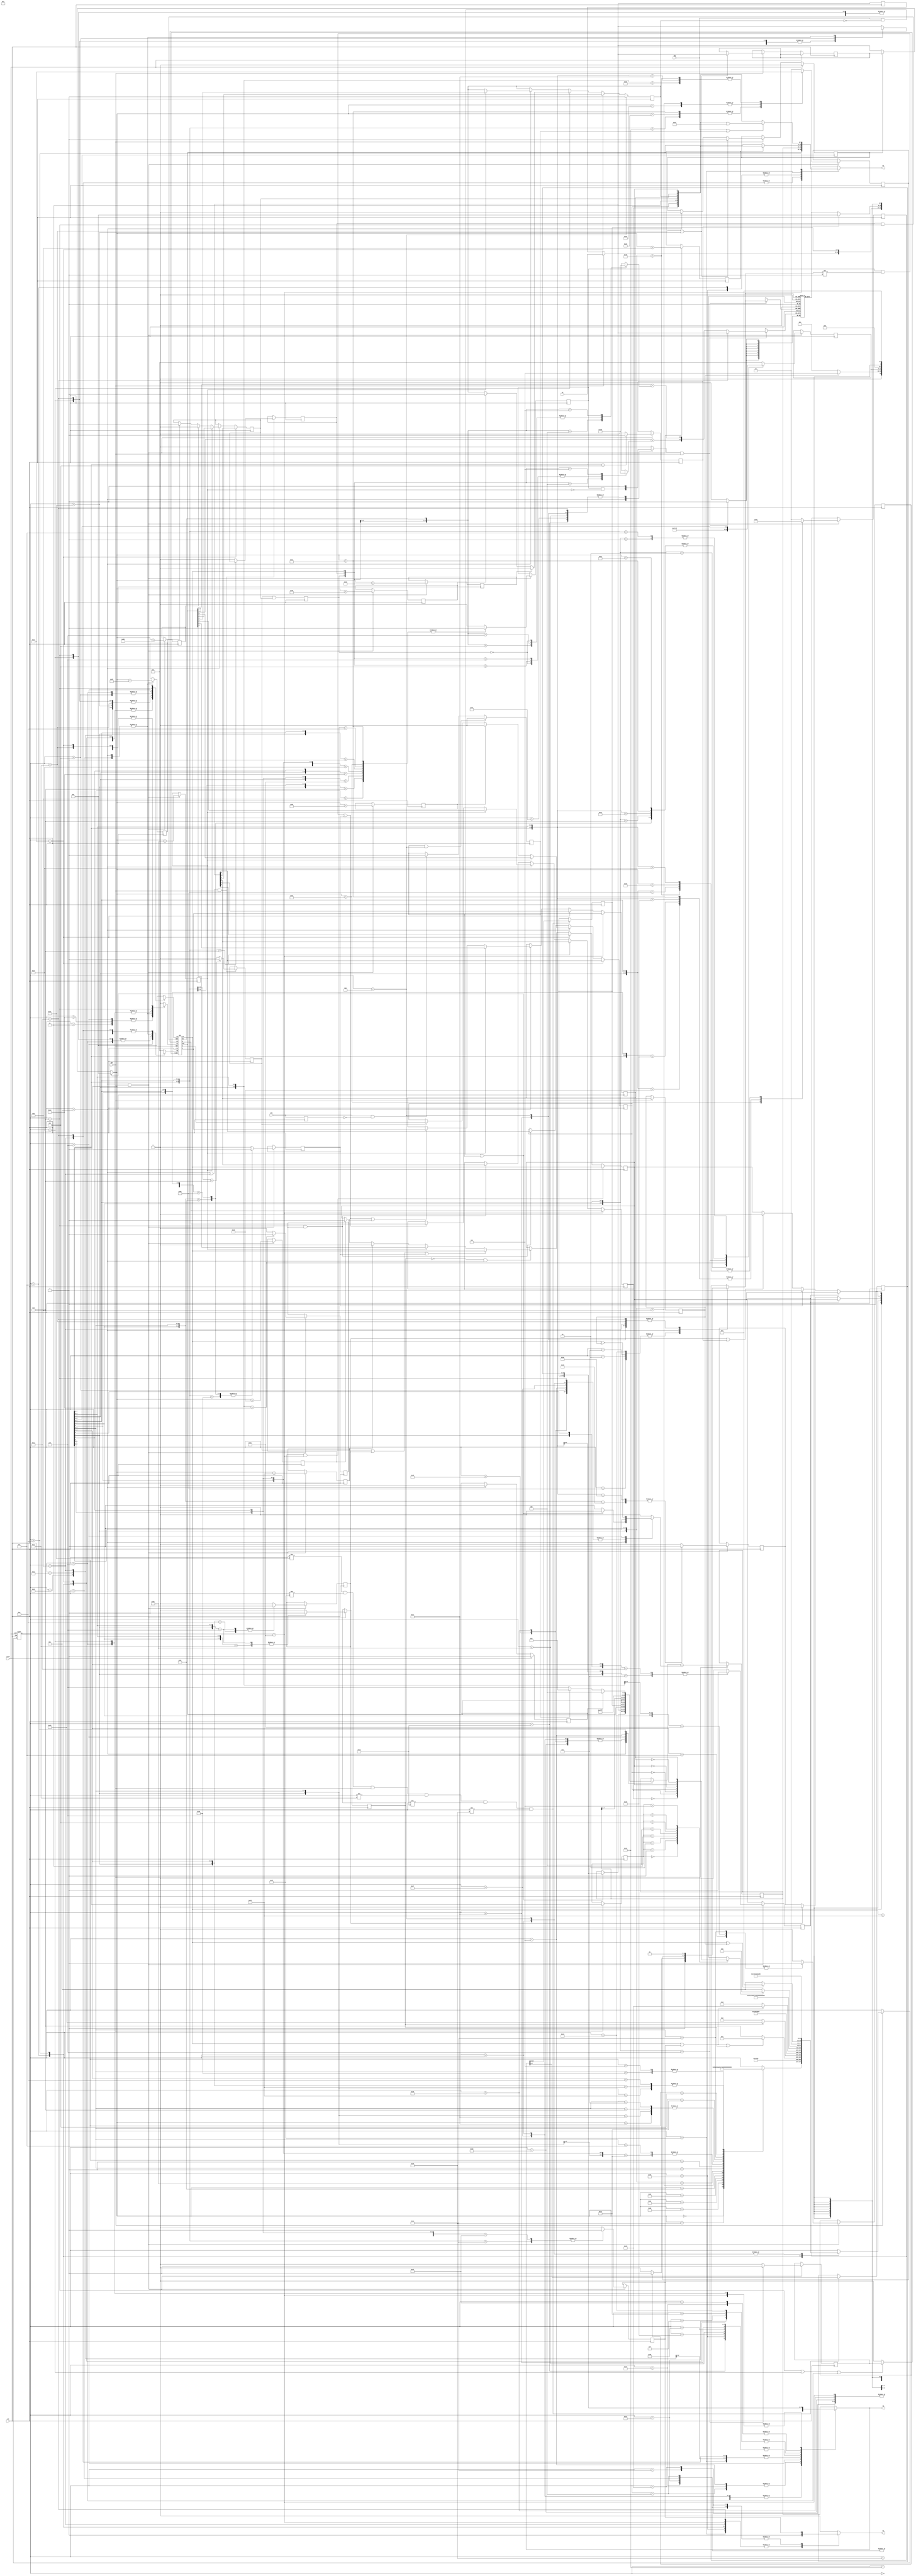
/*
 * verilog model of 6502 CPU.
 *
 * (C) Arlet Ottens, <arlet@c-scape.nl>
 *
 * Feel free to use this code in any project (commercial or not), as long as you
 * keep this message, and the copyright notice. This code is provided "as is", 
 * without any warranties of any kind. 
 * 
 */

/*
 * Note that not all 6502 interface signals are supported (yet).  The goal
 * is to create an Acorn Atom model, and the Atom didn't use all signals on
 * the main board.
 *
 * The data bus is implemented as separate read/write buses. Combine them
 * on the output pads if external memory is required.
 */

module cpu( clk, reset, AB, DI, DO, WE, IRQ, NMI, RDY );

input clk;              // CPU clock 
input reset;            // reset signal
output reg [15:0] AB;   // address bus
input [7:0] DI;         // data in, read bus
output [7:0] DO;        // data out, write bus
output WE;              // write enable
input IRQ;              // interrupt request
input NMI;              // non-maskable interrupt request
input RDY;              // Ready signal. Pauses CPU when RDY=0 

/*
 * internal signals
 */

reg  [15:0] PC;         // Program Counter 
reg  [7:0] ABL;         // Address Bus Register LSB
reg  [7:0] ABH;         // Address Bus Register MSB
wire [7:0] ADD;         // Adder Hold Register (registered in ALU)

reg  [7:0] DIHOLD;      // Hold for Data In
reg  DIHOLD_valid;      //
wire [7:0] DIMUX;       //

reg  [7:0] IRHOLD;      // Hold for Instruction register 
reg  IRHOLD_valid;      // Valid instruction in IRHOLD

reg  [7:0] AXYS[3:0];   // A, X, Y and S register file

reg  C = 0;             // carry flag (init at zero to avoid X's in ALU sim)
reg  Z = 0;             // zero flag
reg  I = 0;             // interrupt flag
reg  D = 0;             // decimal flag
reg  V = 0;             // overflow flag
reg  N = 0;             // negative flag
wire AZ;                // ALU Zero flag
wire AV;                // ALU overflow flag
wire AN;                // ALU negative flag
wire HC;                // ALU half carry

reg  [7:0] AI;          // ALU Input A
reg  [7:0] BI;          // ALU Input B
wire [7:0] DI;          // Data In
wire [7:0] IR;          // Instruction register
reg  [7:0] DO;          // Data Out 
reg  WE;                // Write Enable
reg  CI;                // Carry In
wire CO;                // Carry Out 
wire [7:0] PCH = PC[15:8];
wire [7:0] PCL = PC[7:0];

reg NMI_edge = 0;       // captured NMI edge

reg [1:0] regsel;                       // Select A, X, Y or S register
wire [7:0] regfile = AXYS[regsel];      // Selected register output

parameter 
        SEL_A    = 2'd0,
        SEL_S    = 2'd1,
        SEL_X    = 2'd2, 
        SEL_Y    = 2'd3;

/*
 * define some signals for watching in simulator output
 */


`ifdef SIM
wire [7:0]   A = AXYS[SEL_A];           // Accumulator
wire [7:0]   X = AXYS[SEL_X];           // X register
wire [7:0]   Y = AXYS[SEL_Y];           // Y register 
wire [7:0]   S = AXYS[SEL_S];           // Stack pointer 
`endif

wire [7:0] P = { N, V, 2'b11, D, I, Z, C };

/*
 * instruction decoder/sequencer
 */

reg [5:0] state;

/*
 * control signals
 */

reg PC_inc;             // Increment PC
reg [15:0] PC_temp;     // intermediate value of PC 

reg [1:0] src_reg;      // source register index
reg [1:0] dst_reg;      // destination register index

reg index_y;            // if set, then Y is index reg rather than X 
reg load_reg;           // loading a register (A, X, Y, S) in this instruction
reg inc;                // increment
reg write_back;         // set if memory is read/modified/written 
reg load_only;          // LDA/LDX/LDY instruction
reg store;              // doing store (STA/STX/STY)
reg adc_sbc;            // doing ADC/SBC
reg compare;            // doing CMP/CPY/CPX
reg shift;              // doing shift/rotate instruction
reg rotate;             // doing rotate (no shift)
reg backwards;          // backwards branch
reg cond_true;          // branch condition is true
reg [2:0] cond_code;    // condition code bits from instruction
reg shift_right;        // Instruction ALU shift/rotate right 
reg alu_shift_right;    // Current cycle shift right enable
reg [3:0] op;           // Main ALU operation for instruction
reg [3:0] alu_op;       // Current cycle ALU operation 
reg adc_bcd;            // ALU should do BCD style carry 
reg adj_bcd;            // results should be BCD adjusted

/* 
 * some flip flops to remember we're doing special instructions. These
 * get loaded at the DECODE state, and used later
 */
reg bit_ins;            // doing BIT instruction
reg plp;                // doing PLP instruction
reg php;                // doing PHP instruction 
reg clc;                // clear carry
reg sec;                // set carry
reg cld;                // clear decimal
reg sed;                // set decimal
reg cli;                // clear interrupt
reg sei;                // set interrupt
reg clv;                // clear overflow 
reg brk;                // doing BRK

reg res;                // in reset

/*
 * ALU operations
 */

parameter
        OP_OR  = 4'b1100,
        OP_AND = 4'b1101,
        OP_EOR = 4'b1110,
        OP_ADD = 4'b0011,
        OP_SUB = 4'b0111,
        OP_ROL = 4'b1011,
        OP_A   = 4'b1111;

/*
 * Microcode state machine. Basically, every addressing mode has its own
 * path through the state machine. Additional information, such as the
 * operation, source and destination registers are decoded in parallel, and
 * kept in separate flops. 
 */

parameter 
    ABS0   = 6'd0,  // ABS     - fetch LSB      
    ABS1   = 6'd1,  // ABS     - fetch MSB
    ABSX0  = 6'd2,  // ABS, X  - fetch LSB and send to ALU (+X)
    ABSX1  = 6'd3,  // ABS, X  - fetch MSB and send to ALU (+Carry)
    ABSX2  = 6'd4,  // ABS, X  - Wait for ALU (only if needed)
    BRA0   = 6'd5,  // Branch  - fetch offset and send to ALU (+PC[7:0])
    BRA1   = 6'd6,  // Branch  - fetch opcode, and send PC[15:8] to ALU 
    BRA2   = 6'd7,  // Branch  - fetch opcode (if page boundary crossed)
    BRK0   = 6'd8,  // BRK/IRQ - push PCH, send S to ALU (-1)
    BRK1   = 6'd9,  // BRK/IRQ - push PCL, send S to ALU (-1)
    BRK2   = 6'd10, // BRK/IRQ - push P, send S to ALU (-1)
    BRK3   = 6'd11, // BRK/IRQ - write S, and fetch @ fffe
    DECODE = 6'd12, // IR is valid, decode instruction, and write prev reg
    FETCH  = 6'd13, // fetch next opcode, and perform prev ALU op
    INDX0  = 6'd14, // (ZP,X)  - fetch ZP address, and send to ALU (+X)
    INDX1  = 6'd15, // (ZP,X)  - fetch LSB at ZP+X, calculate ZP+X+1
    INDX2  = 6'd16, // (ZP,X)  - fetch MSB at ZP+X+1
    INDX3  = 6'd17, // (ZP,X)  - fetch data 
    INDY0  = 6'd18, // (ZP),Y  - fetch ZP address, and send ZP to ALU (+1)
    INDY1  = 6'd19, // (ZP),Y  - fetch at ZP+1, and send LSB to ALU (+Y) 
    INDY2  = 6'd20, // (ZP),Y  - fetch data, and send MSB to ALU (+Carry)
    INDY3  = 6'd21, // (ZP),Y) - fetch data (if page boundary crossed)
    JMP0   = 6'd22, // JMP     - fetch PCL and hold
    JMP1   = 6'd23, // JMP     - fetch PCH
    JMPI0  = 6'd24, // JMP IND - fetch LSB and send to ALU for delay (+0)
    JMPI1  = 6'd25, // JMP IND - fetch MSB, proceed with JMP0 state
    JSR0   = 6'd26, // JSR     - push PCH, save LSB, send S to ALU (-1)
    JSR1   = 6'd27, // JSR     - push PCL, send S to ALU (-1)
    JSR2   = 6'd28, // JSR     - write S
    JSR3   = 6'd29, // JSR     - fetch MSB
    PULL0  = 6'd30, // PLP/PLA - save next op in IRHOLD, send S to ALU (+1)
    PULL1  = 6'd31, // PLP/PLA - fetch data from stack, write S
    PULL2  = 6'd32, // PLP/PLA - prefetch op, but don't increment PC
    PUSH0  = 6'd33, // PHP/PHA - send A to ALU (+0)
    PUSH1  = 6'd34, // PHP/PHA - write A/P, send S to ALU (-1)
    READ   = 6'd35, // Read memory for read/modify/write (INC, DEC, shift)
    REG    = 6'd36, // Read register for reg-reg transfers
    RTI0   = 6'd37, // RTI     - send S to ALU (+1)
    RTI1   = 6'd38, // RTI     - read P from stack 
    RTI2   = 6'd39, // RTI     - read PCL from stack
    RTI3   = 6'd40, // RTI     - read PCH from stack
    RTI4   = 6'd41, // RTI     - read PCH from stack
    RTS0   = 6'd42, // RTS     - send S to ALU (+1)
    RTS1   = 6'd43, // RTS     - read PCL from stack 
    RTS2   = 6'd44, // RTS     - write PCL to ALU, read PCH 
    RTS3   = 6'd45, // RTS     - load PC and increment
    WRITE  = 6'd46, // Write memory for read/modify/write 
    ZP0    = 6'd47, // Z-page  - fetch ZP address
    ZPX0   = 6'd48, // ZP, X   - fetch ZP, and send to ALU (+X)
    ZPX1   = 6'd49; // ZP, X   - load from memory

`ifdef SIM

/*
 * easy to read names in simulator output
 */
reg [8*6-1:0] statename;

always @*
    case( state )
            DECODE: statename = "DECODE";
            REG:    statename = "REG";
            ZP0:    statename = "ZP0";
            ZPX0:   statename = "ZPX0";
            ZPX1:   statename = "ZPX1";
            ABS0:   statename = "ABS0";
            ABS1:   statename = "ABS1";
            ABSX0:  statename = "ABSX0";
            ABSX1:  statename = "ABSX1";
            ABSX2:  statename = "ABSX2";
            INDX0:  statename = "INDX0";
            INDX1:  statename = "INDX1";
            INDX2:  statename = "INDX2";
            INDX3:  statename = "INDX3";
            INDY0:  statename = "INDY0";
            INDY1:  statename = "INDY1";
            INDY2:  statename = "INDY2";
            INDY3:  statename = "INDY3";
             READ:  statename = "READ";
            WRITE:  statename = "WRITE";
            FETCH:  statename = "FETCH";
            PUSH0:  statename = "PUSH0";
            PUSH1:  statename = "PUSH1";
            PULL0:  statename = "PULL0";
            PULL1:  statename = "PULL1";
            PULL2:  statename = "PULL2";
            JSR0:   statename = "JSR0";
            JSR1:   statename = "JSR1";
            JSR2:   statename = "JSR2";
            JSR3:   statename = "JSR3";
            RTI0:   statename = "RTI0";
            RTI1:   statename = "RTI1";
            RTI2:   statename = "RTI2";
            RTI3:   statename = "RTI3";
            RTI4:   statename = "RTI4";
            RTS0:   statename = "RTS0";
            RTS1:   statename = "RTS1";
            RTS2:   statename = "RTS2";
            RTS3:   statename = "RTS3";
            BRK0:   statename = "BRK0";
            BRK1:   statename = "BRK1";
            BRK2:   statename = "BRK2";
            BRK3:   statename = "BRK3";
            BRA0:   statename = "BRA0";
            BRA1:   statename = "BRA1";
            BRA2:   statename = "BRA2";
            JMP0:   statename = "JMP0";
            JMP1:   statename = "JMP1";
            JMPI0:  statename = "JMPI0";
            JMPI1:  statename = "JMPI1";
    endcase

//always @( PC )
//      $display( "%t, PC:%04x IR:%02x A:%02x X:%02x Y:%02x S:%02x C:%d Z:%d V:%d N:%d P:%02x", $time, PC, IR, A, X, Y, S, C, Z, V, N, P );

`endif



/*
 * Program Counter Increment/Load. First calculate the base value in
 * PC_temp.
 */
always @*
    case( state )
        DECODE:         if( (~I & IRQ) | NMI_edge )
                            PC_temp = { ABH, ABL };
                        else
                            PC_temp = PC;


        JMP1,
        JMPI1,
        JSR3,
        RTS3,           
        RTI4:           PC_temp = { DIMUX, ADD };
                        
        BRA1:           PC_temp = { ABH, ADD };

        BRA2:           PC_temp = { ADD, PCL };

        BRK2:           PC_temp =      res ? 16'hfffc : 
                                  NMI_edge ? 16'hfffa : 16'hfffe;

        default:        PC_temp = PC;
    endcase

/*
 * Determine wether we need PC_temp, or PC_temp + 1
 */
always @*
    case( state )
        DECODE:         if( (~I & IRQ) | NMI_edge )
                            PC_inc = 0;
                        else
                            PC_inc = 1;

        ABS0,
        ABSX0,
        FETCH,
        BRA0,
        BRA2,
        BRK3,
        JMPI1,
        JMP1,
        RTI4,
        RTS3:           PC_inc = 1;

        BRA1:           PC_inc = CO ^~ backwards;

        default:        PC_inc = 0;
    endcase

/* 
 * Set new PC
 */
always @(posedge clk) 
    if( RDY )
        PC <= PC_temp + PC_inc;

/*
 * Address Generator 
 */

parameter
        ZEROPAGE  = 8'h00,
        STACKPAGE = 8'h01;

always @*
    case( state )
        ABSX1,
        INDX3,
        INDY2,
        JMP1,
        JMPI1,
        RTI4,
        ABS1:           AB = { DIMUX, ADD };

        BRA2,
        INDY3,
        ABSX2:          AB = { ADD, ABL };

        BRA1:           AB = { ABH, ADD };

        JSR0,
        PUSH1,
        RTS0,
        RTI0,
        BRK0:           AB = { STACKPAGE, regfile };

        BRK1,
        JSR1,
        PULL1,
        RTS1,
        RTS2,
        RTI1,
        RTI2,
        RTI3,
        BRK2:           AB = { STACKPAGE, ADD };
        
        INDY1,
        INDX1,
        ZPX1,
        INDX2:          AB = { ZEROPAGE, ADD };

        ZP0,
        INDY0:          AB = { ZEROPAGE, DIMUX };

        REG,
        READ,
        WRITE:          AB = { ABH, ABL };

        default:        AB = PC;
    endcase

/*
 * ABH/ABL pair is used for registering previous address bus state.
 * This can be used to keep the current address, freeing up the original
 * source of the address, such as the ALU or DI.
 */
always @(posedge clk)
    if( state != PUSH0 && state != PUSH1 && RDY && 
        state != PULL0 && state != PULL1 && state != PULL2 )
    begin
        ABL <= AB[7:0];
        ABH <= AB[15:8];
    end

/*
 * Data Out MUX 
 */
always @*
    case( state )
        WRITE:   DO = ADD;

        JSR0,
        BRK0:    DO = PCH;

        JSR1,
        BRK1:    DO = PCL;

        PUSH1:   DO = php ? P : ADD;

        BRK2:    DO = (IRQ | NMI_edge) ? (P & 8'b1110_1111) : P;

        default: DO = regfile;
    endcase

/*
 * Write Enable Generator
 */

always @*
    case( state )
        BRK0,   // writing to stack or memory
        BRK1,
        BRK2,
        JSR0,
        JSR1,
        PUSH1,
        WRITE:   WE = 1;

        INDX3,  // only if doing a STA, STX or STY
        INDY3,
        ABSX2,
        ABS1,
        ZPX1,
        ZP0:     WE = store;

        default: WE = 0;
    endcase

/*
 * register file, contains A, X, Y and S (stack pointer) registers. At each
 * cycle only 1 of those registers needs to be accessed, so they combined
 * in a small memory, saving resources.
 */

reg write_register;             // set when register file is written

always @*
    case( state )
        DECODE: write_register = load_reg & ~plp;

        PULL1, 
         RTS2, 
         RTI3,
         BRK3,
         JSR0,
         JSR2 : write_register = 1;

       default: write_register = 0;
    endcase

/*
 * BCD adjust logic
 */

always @(posedge clk)
    adj_bcd <= adc_sbc & D;     // '1' when doing a BCD instruction

reg [3:0] ADJL;
reg [3:0] ADJH;

// adjustment term to be added to ADD[3:0] based on the following
// adj_bcd: '1' if doing ADC/SBC with D=1
// adc_bcd: '1' if doing ADC with D=1
// HC     : half carry bit from ALU
always @* begin
    casex( {adj_bcd, adc_bcd, HC} )
         3'b0xx: ADJL = 4'd0;   // no BCD instruction
         3'b100: ADJL = 4'd10;  // SBC, and digital borrow
         3'b101: ADJL = 4'd0;   // SBC, but no borrow
         3'b110: ADJL = 4'd0;   // ADC, but no carry
         3'b111: ADJL = 4'd6;   // ADC, and decimal/digital carry
    endcase
end

// adjustment term to be added to ADD[7:4] based on the following
// adj_bcd: '1' if doing ADC/SBC with D=1
// adc_bcd: '1' if doing ADC with D=1
// CO     : carry out bit from ALU
always @* begin
    casex( {adj_bcd, adc_bcd, CO} )
         3'b0xx: ADJH = 4'd0;   // no BCD instruction
         3'b100: ADJH = 4'd10;  // SBC, and digital borrow
         3'b101: ADJH = 4'd0;   // SBC, but no borrow
         3'b110: ADJH = 4'd0;   // ADC, but no carry
         3'b111: ADJH = 4'd6;   // ADC, and decimal/digital carry
    endcase
end

/*
 * write to a register. Usually this is the (BCD corrected) output of the
 * ALU, but in case of the JSR0 we use the S register to temporarily store
 * the PCL. This is possible, because the S register itself is stored in
 * the ALU during those cycles.
 */
always @(posedge clk)
    if( write_register & RDY )
        AXYS[regsel] <= (state == JSR0) ? DIMUX : { ADD[7:4] + ADJH, ADD[3:0] + ADJL };

/*
 * register select logic. This determines which of the A, X, Y or
 * S registers will be accessed. 
 */

always @*  
    case( state )
        INDY1,
        INDX0,
        ZPX0,
        ABSX0  : regsel = index_y ? SEL_Y : SEL_X;


        DECODE : regsel = dst_reg; 

        BRK0,
        BRK3,
        JSR0,
        JSR2,
        PULL0,
        PULL1,
        PUSH1,
        RTI0,
        RTI3,
        RTS0,
        RTS2   : regsel = SEL_S;
        
        default: regsel = src_reg; 
    endcase

/*
 * ALU
 */

ALU ALU( .clk(clk),
         .op(alu_op),
         .right(alu_shift_right),
         .AI(AI),
         .BI(BI),
         .CI(CI),
         .BCD(adc_bcd & (state == FETCH)),
         .CO(CO),
         .OUT(ADD),
         .V(AV),
         .Z(AZ),
         .N(AN),
         .HC(HC),
         .RDY(RDY) );

/*
 * Select current ALU operation
 */

always @*
    case( state )
        READ:   alu_op = op;

        BRA1:   alu_op = backwards ? OP_SUB : OP_ADD; 

        FETCH,
        REG :   alu_op = op; 

        DECODE,
        ABS1:   alu_op = 1'bx;

        PUSH1,
        BRK0,
        BRK1,
        BRK2,
        JSR0,
        JSR1:   alu_op = OP_SUB;

     default:   alu_op = OP_ADD;
    endcase

/*
 * Determine shift right signal to ALU
 */

always @*
    if( state == FETCH || state == REG || state == READ )
        alu_shift_right = shift_right;
    else
        alu_shift_right = 0;

/*
 * Sign extend branch offset.  
 */

always @(posedge clk)
    if( RDY )
        backwards <= DIMUX[7];

/* 
 * ALU A Input MUX 
 */

always @*
    case( state )
        JSR1,
        RTS1,
        RTI1,
        RTI2,
        BRK1,
        BRK2,
        INDX1:  AI = ADD;

        REG,
        ZPX0,
        INDX0,
        ABSX0,
        RTI0,
        RTS0,
        JSR0,
        JSR2,
        BRK0,
        PULL0,
        INDY1,
        PUSH0,
        PUSH1:  AI = regfile;

        BRA0,
        READ:   AI = DIMUX;

        BRA1:   AI = ABH;       // don't use PCH in case we're 

        FETCH:  AI = load_only ? 0 : regfile;

        DECODE,
        ABS1:   AI = 8'hxx;     // don't care

        default:  AI = 0;
    endcase


/*
 * ALU B Input mux
 */

always @*
    case( state )
         BRA1,
         RTS1,
         RTI0,
         RTI1,
         RTI2,
         INDX1,
         READ,
         REG,
         JSR0,
         JSR1,
         JSR2,
         BRK0,
         BRK1,
         BRK2,
         PUSH0, 
         PUSH1,
         PULL0,
         RTS0:  BI = 8'h00;
        
         BRA0:  BI = PCL;

         DECODE,
         ABS1:  BI = 8'hxx;

         default:       BI = DIMUX;
    endcase

/*
 * ALU CI (carry in) mux
 */

always @*
    case( state )
        INDY2,
        BRA1,
        ABSX1:  CI = CO;

        DECODE,
        ABS1:   CI = 1'bx;

        READ,
        REG:    CI = rotate ? C :
                     shift ? 0 : inc;

        FETCH:  CI = rotate  ? C : 
                     compare ? 1 : 
                     (shift | load_only) ? 0 : C;

        PULL0,
        RTI0,
        RTI1,
        RTI2,
        RTS0,
        RTS1,
        INDY0,
        INDX1:  CI = 1; 

        default:        CI = 0;
    endcase

/*
 * Processor Status Register update
 *
 */

/*
 * Update C flag when doing ADC/SBC, shift/rotate, compare
 */
always @(posedge clk )
    if( shift && state == WRITE ) 
        C <= CO;
    else if( state == RTI2 )
        C <= DIMUX[0];
    else if( ~write_back && state == DECODE ) begin
        if( adc_sbc | shift | compare )
            C <= CO;
        else if( plp )
            C <= ADD[0];
        else begin
            if( sec ) C <= 1;
            if( clc ) C <= 0;
        end
    end

/*
 * Update Z, N flags when writing A, X, Y, Memory, or when doing compare
 */

always @(posedge clk) 
    if( state == WRITE ) 
        Z <= AZ;
    else if( state == RTI2 )
        Z <= DIMUX[1];
    else if( state == DECODE ) begin
        if( plp )
            Z <= ADD[1];
        else if( (load_reg & (regsel != SEL_S)) | compare | bit_ins )
            Z <= AZ;
    end

always @(posedge clk)
    if( state == WRITE )
        N <= AN;
    else if( state == RTI2 )
        N <= DIMUX[7];
    else if( state == DECODE ) begin
        if( plp )
            N <= ADD[7];
        else if( (load_reg & (regsel != SEL_S)) | compare )
            N <= AN;
    end else if( state == FETCH && bit_ins ) 
        N <= DIMUX[7];

/*
 * Update I flag
 */

always @(posedge clk)
    if( state == BRK3 )
        I <= 1;
    else if( state == RTI2 )
        I <= DIMUX[2];
    else if( state == REG ) begin
        if( sei ) I <= 1;
        if( cli ) I <= 0;
    end else if( state == DECODE )
        if( plp ) I <= ADD[2];

/*
 * Update D flag
 */
always @(posedge clk ) 
    if( state == RTI2 )
        D <= DIMUX[3];
    else if( state == DECODE ) begin
        if( sed ) D <= 1;
        if( cld ) D <= 0;
        if( plp ) D <= ADD[3];
    end

/*
 * Update V flag
 */
always @(posedge clk )
    if( state == RTI2 ) 
        V <= DIMUX[6];
    else if( state == DECODE ) begin
        if( adc_sbc ) V <= AV;
        if( clv )     V <= 0;
        if( plp )     V <= ADD[6];
    end else if( state == FETCH && bit_ins ) 
        V <= DIMUX[6];

/*
 * Instruction decoder
 */

/*
 * IR register/mux. Hold previous DI value in IRHOLD in PULL0 and PUSH0
 * states. In these states, the IR has been prefetched, and there is no
 * time to read the IR again before the next decode.
 */

always @(posedge clk )
    if( reset )
        IRHOLD_valid <= 0;
    else if( RDY ) begin
        if( state == PULL0 || state == PUSH0 ) begin
            IRHOLD <= DIMUX;
            IRHOLD_valid <= 1;
        end else if( state == DECODE )
            IRHOLD_valid <= 0;
    end

assign IR = (IRQ & ~I) | NMI_edge ? 8'h00 :
                     IRHOLD_valid ? IRHOLD : DIMUX;

always @(posedge clk )
    if( RDY )
        DIHOLD <= DI;

assign DIMUX = ~RDY ? DIHOLD : DI;

/*
 * Microcode state machine
 */
always @(posedge clk or posedge reset)
    if( reset )
        state <= BRK0;
    else if( RDY ) case( state )
        DECODE  : 
            casex ( IR )
                8'b0000_0000:   state <= BRK0;
                8'b0010_0000:   state <= JSR0;
                8'b0010_1100:   state <= ABS0;  // BIT abs
                8'b0100_0000:   state <= RTI0;  // 
                8'b0100_1100:   state <= JMP0;
                8'b0110_0000:   state <= RTS0;
                8'b0110_1100:   state <= JMPI0;
                8'b0x00_1000:   state <= PUSH0;
                8'b0x10_1000:   state <= PULL0;
                8'b0xx1_1000:   state <= REG;   // CLC, SEC, CLI, SEI 
                8'b1xx0_00x0:   state <= FETCH; // IMM
                8'b1xx0_1100:   state <= ABS0;  // X/Y abs
                8'b1xxx_1000:   state <= REG;   // DEY, TYA, ... 
                8'bxxx0_0001:   state <= INDX0;
                8'bxxx0_01xx:   state <= ZP0;
                8'bxxx0_1001:   state <= FETCH; // IMM
                8'bxxx0_1101:   state <= ABS0;  // even E column
                8'bxxx0_1110:   state <= ABS0;  // even E column
                8'bxxx1_0000:   state <= BRA0;  // odd 0 column
                8'bxxx1_0001:   state <= INDY0; // odd 1 column
                8'bxxx1_01xx:   state <= ZPX0;  // odd 4,5,6,7 columns
                8'bxxx1_1001:   state <= ABSX0; // odd 9 column
                8'bxxx1_11xx:   state <= ABSX0; // odd C, D, E, F columns
                8'bxxxx_1010:   state <= REG;   // <shift> A, TXA, ...  NOP
            endcase

        ZP0     : state <= write_back ? READ : FETCH;

        ZPX0    : state <= ZPX1;
        ZPX1    : state <= write_back ? READ : FETCH;

        ABS0    : state <= ABS1;
        ABS1    : state <= write_back ? READ : FETCH;

        ABSX0   : state <= ABSX1;
        ABSX1   : state <= (CO | store | write_back) ? ABSX2 : FETCH;
        ABSX2   : state <= write_back ? READ : FETCH;

        INDX0   : state <= INDX1;
        INDX1   : state <= INDX2;
        INDX2   : state <= INDX3;
        INDX3   : state <= FETCH;

        INDY0   : state <= INDY1;
        INDY1   : state <= INDY2;
        INDY2   : state <= (CO | store) ? INDY3 : FETCH;
        INDY3   : state <= FETCH;

        READ    : state <= WRITE;
        WRITE   : state <= FETCH;
        FETCH   : state <= DECODE;

        REG     : state <= DECODE;
        
        PUSH0   : state <= PUSH1;
        PUSH1   : state <= DECODE;

        PULL0   : state <= PULL1;
        PULL1   : state <= PULL2; 
        PULL2   : state <= DECODE;

        JSR0    : state <= JSR1;
        JSR1    : state <= JSR2;
        JSR2    : state <= JSR3;
        JSR3    : state <= FETCH; 

        RTI0    : state <= RTI1;
        RTI1    : state <= RTI2;
        RTI2    : state <= RTI3;
        RTI3    : state <= RTI4;
        RTI4    : state <= DECODE;

        RTS0    : state <= RTS1;
        RTS1    : state <= RTS2;
        RTS2    : state <= RTS3;
        RTS3    : state <= FETCH;

        BRA0    : state <= cond_true ? BRA1 : DECODE;
        BRA1    : state <= (CO ^ backwards) ? BRA2 : DECODE;
        BRA2    : state <= DECODE;

        JMP0    : state <= JMP1;
        JMP1    : state <= DECODE; 

        JMPI0   : state <= JMPI1;
        JMPI1   : state <= JMP0;

        BRK0    : state <= BRK1;
        BRK1    : state <= BRK2;
        BRK2    : state <= BRK3;
        BRK3    : state <= JMP0;

    endcase

/*
 * Additional control signals
 */

always @(posedge clk)
     if( reset )
         res <= 1;
     else if( state == DECODE )
         res <= 0;

always @(posedge clk)
     if( state == DECODE && RDY )
        casex( IR )
                8'b0xx01010,    // ASLA, ROLA, LSRA, RORA
                8'b0xxxxx01,    // ORA, AND, EOR, ADC
                8'b100x10x0,    // DEY, TYA, TXA, TXS
                8'b1010xxx0,    // LDA/LDX/LDY 
                8'b10111010,    // TSX
                8'b1011x1x0,    // LDX/LDY
                8'b11001010,    // DEX
                8'b1x1xxx01,    // LDA, SBC
                8'bxxx01000:    // DEY, TAY, INY, INX
                                load_reg <= 1;

                default:        load_reg <= 0;
        endcase

always @(posedge clk)
     if( state == DECODE && RDY )
        casex( IR )
                8'b1110_1000,   // INX
                8'b1100_1010,   // DEX
                8'b101x_xx10:   // LDX, TAX, TSX
                                dst_reg <= SEL_X;

                8'b0x00_1000,   // PHP, PHA
                8'b1001_1010:   // TXS
                                dst_reg <= SEL_S;

                8'b1x00_1000,   // DEY, DEX
                8'b101x_x100,   // LDY
                8'b1010_x000:   // LDY #imm, TAY
                                dst_reg <= SEL_Y;

                default:        dst_reg <= SEL_A;
        endcase

always @(posedge clk)
     if( state == DECODE && RDY )
        casex( IR )
                8'b1011_1010:   // TSX 
                                src_reg <= SEL_S; 

                8'b100x_x110,   // STX
                8'b100x_1x10,   // TXA, TXS
                8'b1110_xx00,   // INX, CPX
                8'b1100_1010:   // DEX
                                src_reg <= SEL_X; 

                8'b100x_x100,   // STY
                8'b1001_1000,   // TYA
                8'b1100_xx00,   // CPY
                8'b1x00_1000:   // DEY, INY
                                src_reg <= SEL_Y;

                default:        src_reg <= SEL_A;
        endcase

always @(posedge clk) 
     if( state == DECODE && RDY )
        casex( IR )
                8'bxxx1_0001,   // INDY
                8'b10x1_x110,   // LDX/STX zpg/abs, Y
                8'bxxxx_1001:   // abs, Y
                                index_y <= 1;

                default:        index_y <= 0;
        endcase


always @(posedge clk)
     if( state == DECODE && RDY )
        casex( IR )
                8'b100x_x1x0,   // STX, STY
                8'b100x_xx01:   // STA
                                store <= 1;

                default:        store <= 0;

        endcase

always @(posedge clk )
     if( state == DECODE && RDY )
        casex( IR )
                8'b0xxx_x110,   // ASL, ROL, LSR, ROR
                8'b11xx_x110:   // DEC/INC 
                                write_back <= 1;

                default:        write_back <= 0;
        endcase


always @(posedge clk )
     if( state == DECODE && RDY )
        casex( IR )
                8'b101x_xxxx:   // LDA, LDX, LDY
                                load_only <= 1;
                default:        load_only <= 0;
        endcase

always @(posedge clk )
     if( state == DECODE && RDY )
        casex( IR )
                8'b111x_x110,   // INC 
                8'b11x0_1000:   // INX, INY
                                inc <= 1;

                default:        inc <= 0;
        endcase

always @(posedge clk )
     if( (state == DECODE || state == BRK0) && RDY )
        casex( IR )
                8'bx11x_xx01:   // SBC, ADC
                                adc_sbc <= 1;

                default:        adc_sbc <= 0;
        endcase

always @(posedge clk )
     if( (state == DECODE || state == BRK0) && RDY )
        casex( IR )
                8'b011x_xx01:   // ADC
                                adc_bcd <= D;

                default:        adc_bcd <= 0;
        endcase

always @(posedge clk )
     if( state == DECODE && RDY )
        casex( IR )
                8'b0xxx_x110,   // ASL, ROL, LSR, ROR (abs, absx, zpg, zpgx)
                8'b0xxx_1010:   // ASL, ROL, LSR, ROR (acc)
                                shift <= 1;

                default:        shift <= 0;
        endcase

always @(posedge clk )
     if( state == DECODE && RDY )
        casex( IR )
                8'b11x0_0x00,   // CPX, CPY (imm/zp)
                8'b11x0_1100,   // CPX, CPY (abs)
                8'b110x_xx01:   // CMP 
                                compare <= 1;

                default:        compare <= 0;
        endcase

always @(posedge clk )
     if( state == DECODE && RDY )
        casex( IR )
                8'b01xx_xx10:   // ROR, LSR
                                shift_right <= 1;

                default:        shift_right <= 0; 
        endcase

always @(posedge clk )
     if( state == DECODE && RDY )
        casex( IR )
                8'b0x1x_1010,   // ROL A, ROR A
                8'b0x1x_x110:   // ROR, ROL 
                                rotate <= 1;

                default:        rotate <= 0; 
        endcase

always @(posedge clk )
     if( state == DECODE && RDY )
        casex( IR )
                8'b00xx_xx10:   // ROL, ASL
                                op <= OP_ROL;

                8'b0010_x100:   // BIT zp/abs   
                                op <= OP_AND;

                8'b01xx_xx10:   // ROR, LSR
                                op <= OP_A;

                8'b1000_1000,   // DEY
                8'b1100_1010,   // DEX 
                8'b110x_x110,   // DEC 
                8'b11xx_xx01,   // CMP, SBC
                8'b11x0_0x00,   // CPX, CPY (imm, zpg)
                8'b11x0_1100:   op <= OP_SUB;

                8'b010x_xx01,   // EOR
                8'b00xx_xx01:   // ORA, AND
                                op <= { 2'b11, IR[6:5] };
                
                default:        op <= OP_ADD; 
        endcase

always @(posedge clk )
     if( state == DECODE && RDY )
        casex( IR )
                8'b0010_x100:   // BIT zp/abs   
                                bit_ins <= 1;

                default:        bit_ins <= 0; 
        endcase

/*
 * special instructions
 */
always @(posedge clk )
     if( state == DECODE && RDY ) begin
        php <= (IR == 8'h08);
        clc <= (IR == 8'h18);
        plp <= (IR == 8'h28);
        sec <= (IR == 8'h38);
        cli <= (IR == 8'h58);
        sei <= (IR == 8'h78);
        clv <= (IR == 8'hb8);
        cld <= (IR == 8'hd8);
        sed <= (IR == 8'hf8);
        brk <= (IR == 8'h00);
     end

always @(posedge clk)
    if( RDY )
        cond_code <= IR[7:5];

always @*
    case( cond_code )
            3'b000: cond_true = ~N;
            3'b001: cond_true = N;
            3'b010: cond_true = ~V;
            3'b011: cond_true = V;
            3'b100: cond_true = ~C;
            3'b101: cond_true = C;
            3'b110: cond_true = ~Z;
            3'b111: cond_true = Z;
    endcase


reg NMI_1 = 0;          // delayed NMI signal

always @(posedge clk)
    NMI_1 <= NMI;

always @(posedge clk )
    if( NMI_edge && state == BRK3 )
        NMI_edge <= 0;
    else if( NMI & ~NMI_1 )
        NMI_edge <= 1;

endmodule

module ALU( clk, op, right, AI, BI, CI, CO, BCD, OUT, V, Z, N, HC, RDY );
	input clk;
	input right;
	input [3:0] op;		// operation
	input [7:0] AI;
	input [7:0] BI;
	input CI;
	input BCD;		// BCD style carry
	output [7:0] OUT;
	output CO;
	output V;
	output Z;
	output N;
	output HC;
	input RDY;

reg [7:0] OUT;
reg CO;
wire V;
wire Z;
reg N;
reg HC;

reg AI7;
reg BI7;
reg [8:0] temp_logic;
reg [7:0] temp_BI;
reg [4:0] temp_l;
reg [4:0] temp_h;
wire [8:0] temp = { temp_h, temp_l[3:0] };
wire adder_CI = (right | (op[3:2] == 2'b11)) ? 0 : CI;

// calculate the logic operations. The 'case' can be done in 1 LUT per
// bit. The 'right' shift is a simple mux that can be implemented by
// F5MUX.
always @*  begin
	case( op[1:0] )
	    2'b00: temp_logic = AI | BI;
	    2'b01: temp_logic = AI & BI;
	    2'b10: temp_logic = AI ^ BI;
	    2'b11: temp_logic = AI;
	endcase

	if( right )
	    temp_logic = { AI[0], CI, AI[7:1] };
end

// Add logic result to BI input. This only makes sense when logic = AI.
// This stage can be done in 1 LUT per bit, using carry chain logic.
always @* begin
	case( op[3:2] )
	    2'b00: temp_BI = BI;	// A+B
	    2'b01: temp_BI = ~BI;	// A-B
	    2'b10: temp_BI = temp_logic;	// A+A
	    2'b11: temp_BI = 0;		// A+0
	endcase	
end

// HC9 is the half carry bit when doing BCD add
wire HC9 = BCD & (temp_l[3:1] >= 3'd5);

// CO9 is the carry-out bit when doing BCD add
wire CO9 = BCD & (temp_h[3:1] >= 3'd5);

// combined half carry bit
wire temp_HC = temp_l[4] | HC9;

// perform the addition as 2 separate nibble, so we get
// access to the half carry flag
always @* begin
	temp_l = temp_logic[3:0] + temp_BI[3:0] + adder_CI;
	temp_h = temp_logic[8:4] + temp_BI[7:4] + temp_HC;
end

// calculate the flags 
always @(posedge clk)
    if( RDY ) begin
	AI7 <= AI[7];
	BI7 <= temp_BI[7];
	OUT <= temp[7:0];
	CO  <= temp[8] | CO9;
	N   <= temp[7];
	HC  <= temp_HC;
    end

assign V = AI7 ^ BI7 ^ CO ^ N;
assign Z = ~|OUT;

endmodule